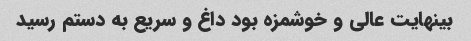
بینهایت عالی و خوشمزه بود داغ و سریع به دستم رسید